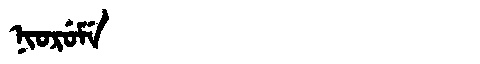
Manchu: ᠨᡳᠣᡵᡠᠮᡝ
Romanization: NIORUME